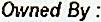
OWNED BY :